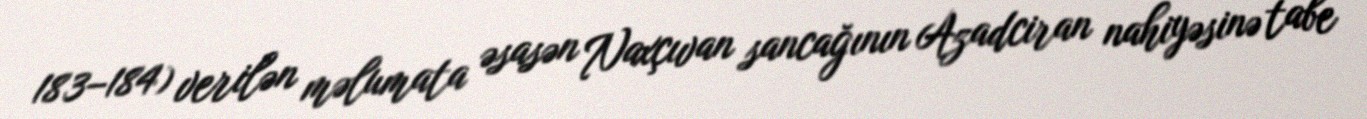
183–184) verilən məlumata əsasən Naxçıvan sancağının Azadciran nahiyəsinə tabe